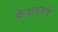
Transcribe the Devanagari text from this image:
केशवदवे